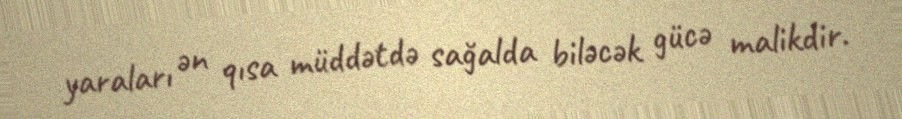
yaraları ən qısa müddətdə sağalda biləcək gücə malikdir.